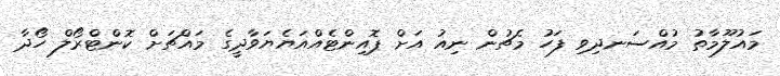
މައުލޫމާތު މުއްސަނދިވި ފަހު މެޗުން ނިއު އަށް ޕޮއިންޓެއްއަޔެޔަވާދީގެ މައްޗަށް ކޮންޓްރޯލް ހޯދާ